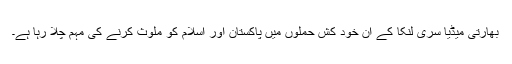
بھارتی میڈیا سری لنکا کے ان خود کش حملوں میں پاکستان اور اسلام کو ملوث کرنے کی مہم چلا رہا ہے۔